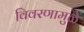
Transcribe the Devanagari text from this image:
विवरणामुळे